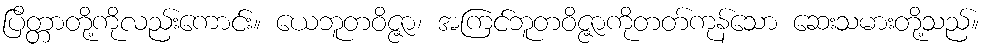
ပြိတ္တာတို့ကိုလည်းကောင်း။ ယေဘူတဝိဇ္ဇာ၊ အကြင်ဘူတဝိဇ္ဇာကိုတတ်ကုန်သော ဆေးသမားတို့သည်။